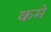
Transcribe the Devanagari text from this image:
कमे